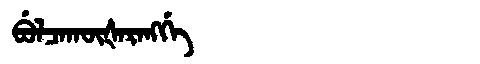
Manchu: ᠪᡠᠯᠴᠠᡴᡡᡧᠠᡵᠠᠩᡤᡝ
Romanization: BULCAKŪŠARANGGE